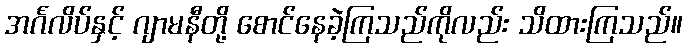
အင်္ဂလိပ်နှင့် ဂျာမနီတို့ စောင်နေခဲ့ကြသည်ကိုလည်း သိထားကြသည်။